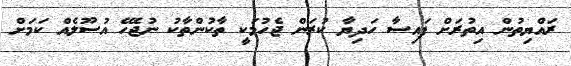
ރައްޔިތުން އިތުރަށް ފައިސާ ހަދިޔާ ކުރަން ޖެހުމަކީ ތާކުންތާކު ނުޖެހޭ އުސޫލެއް ކަމަށް